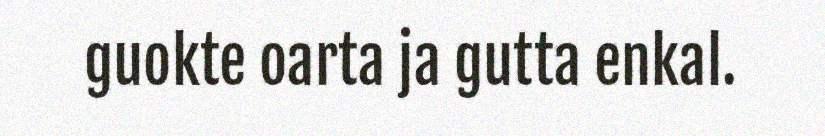
guokte oarta ja gutta enkal.